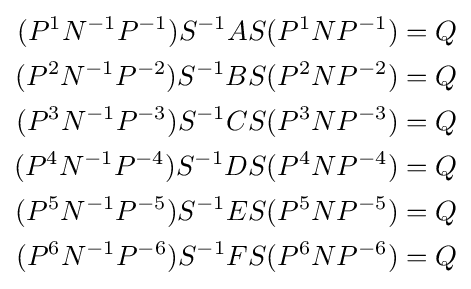
{\begin{aligned}(P^{1}N^{-1}P^{-1})S^{-1}AS(P^{1}NP^{-1})&=Q\\(P^{2}N^{-1}P^{-2})S^{-1}BS(P^{2}NP^{-2})&=Q\\(P^{3}N^{-1}P^{-3})S^{-1}CS(P^{3}NP^{-3})&=Q\\(P^{4}N^{-1}P^{-4})S^{-1}DS(P^{4}NP^{-4})&=Q\\(P^{5}N^{-1}P^{-5})S^{-1}ES(P^{5}NP^{-5})&=Q\\(P^{6}N^{-1}P^{-6})S^{-1}FS(P^{6}NP^{-6})&=Q\\\end{aligned}}